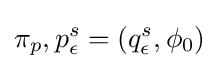
\pi _{p},p_{\epsilon }^{s}=(q_{\epsilon }^{s},\phi _{0})